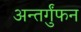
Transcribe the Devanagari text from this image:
अन्तर्गुंफन